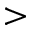
>